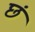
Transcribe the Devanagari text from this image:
छं